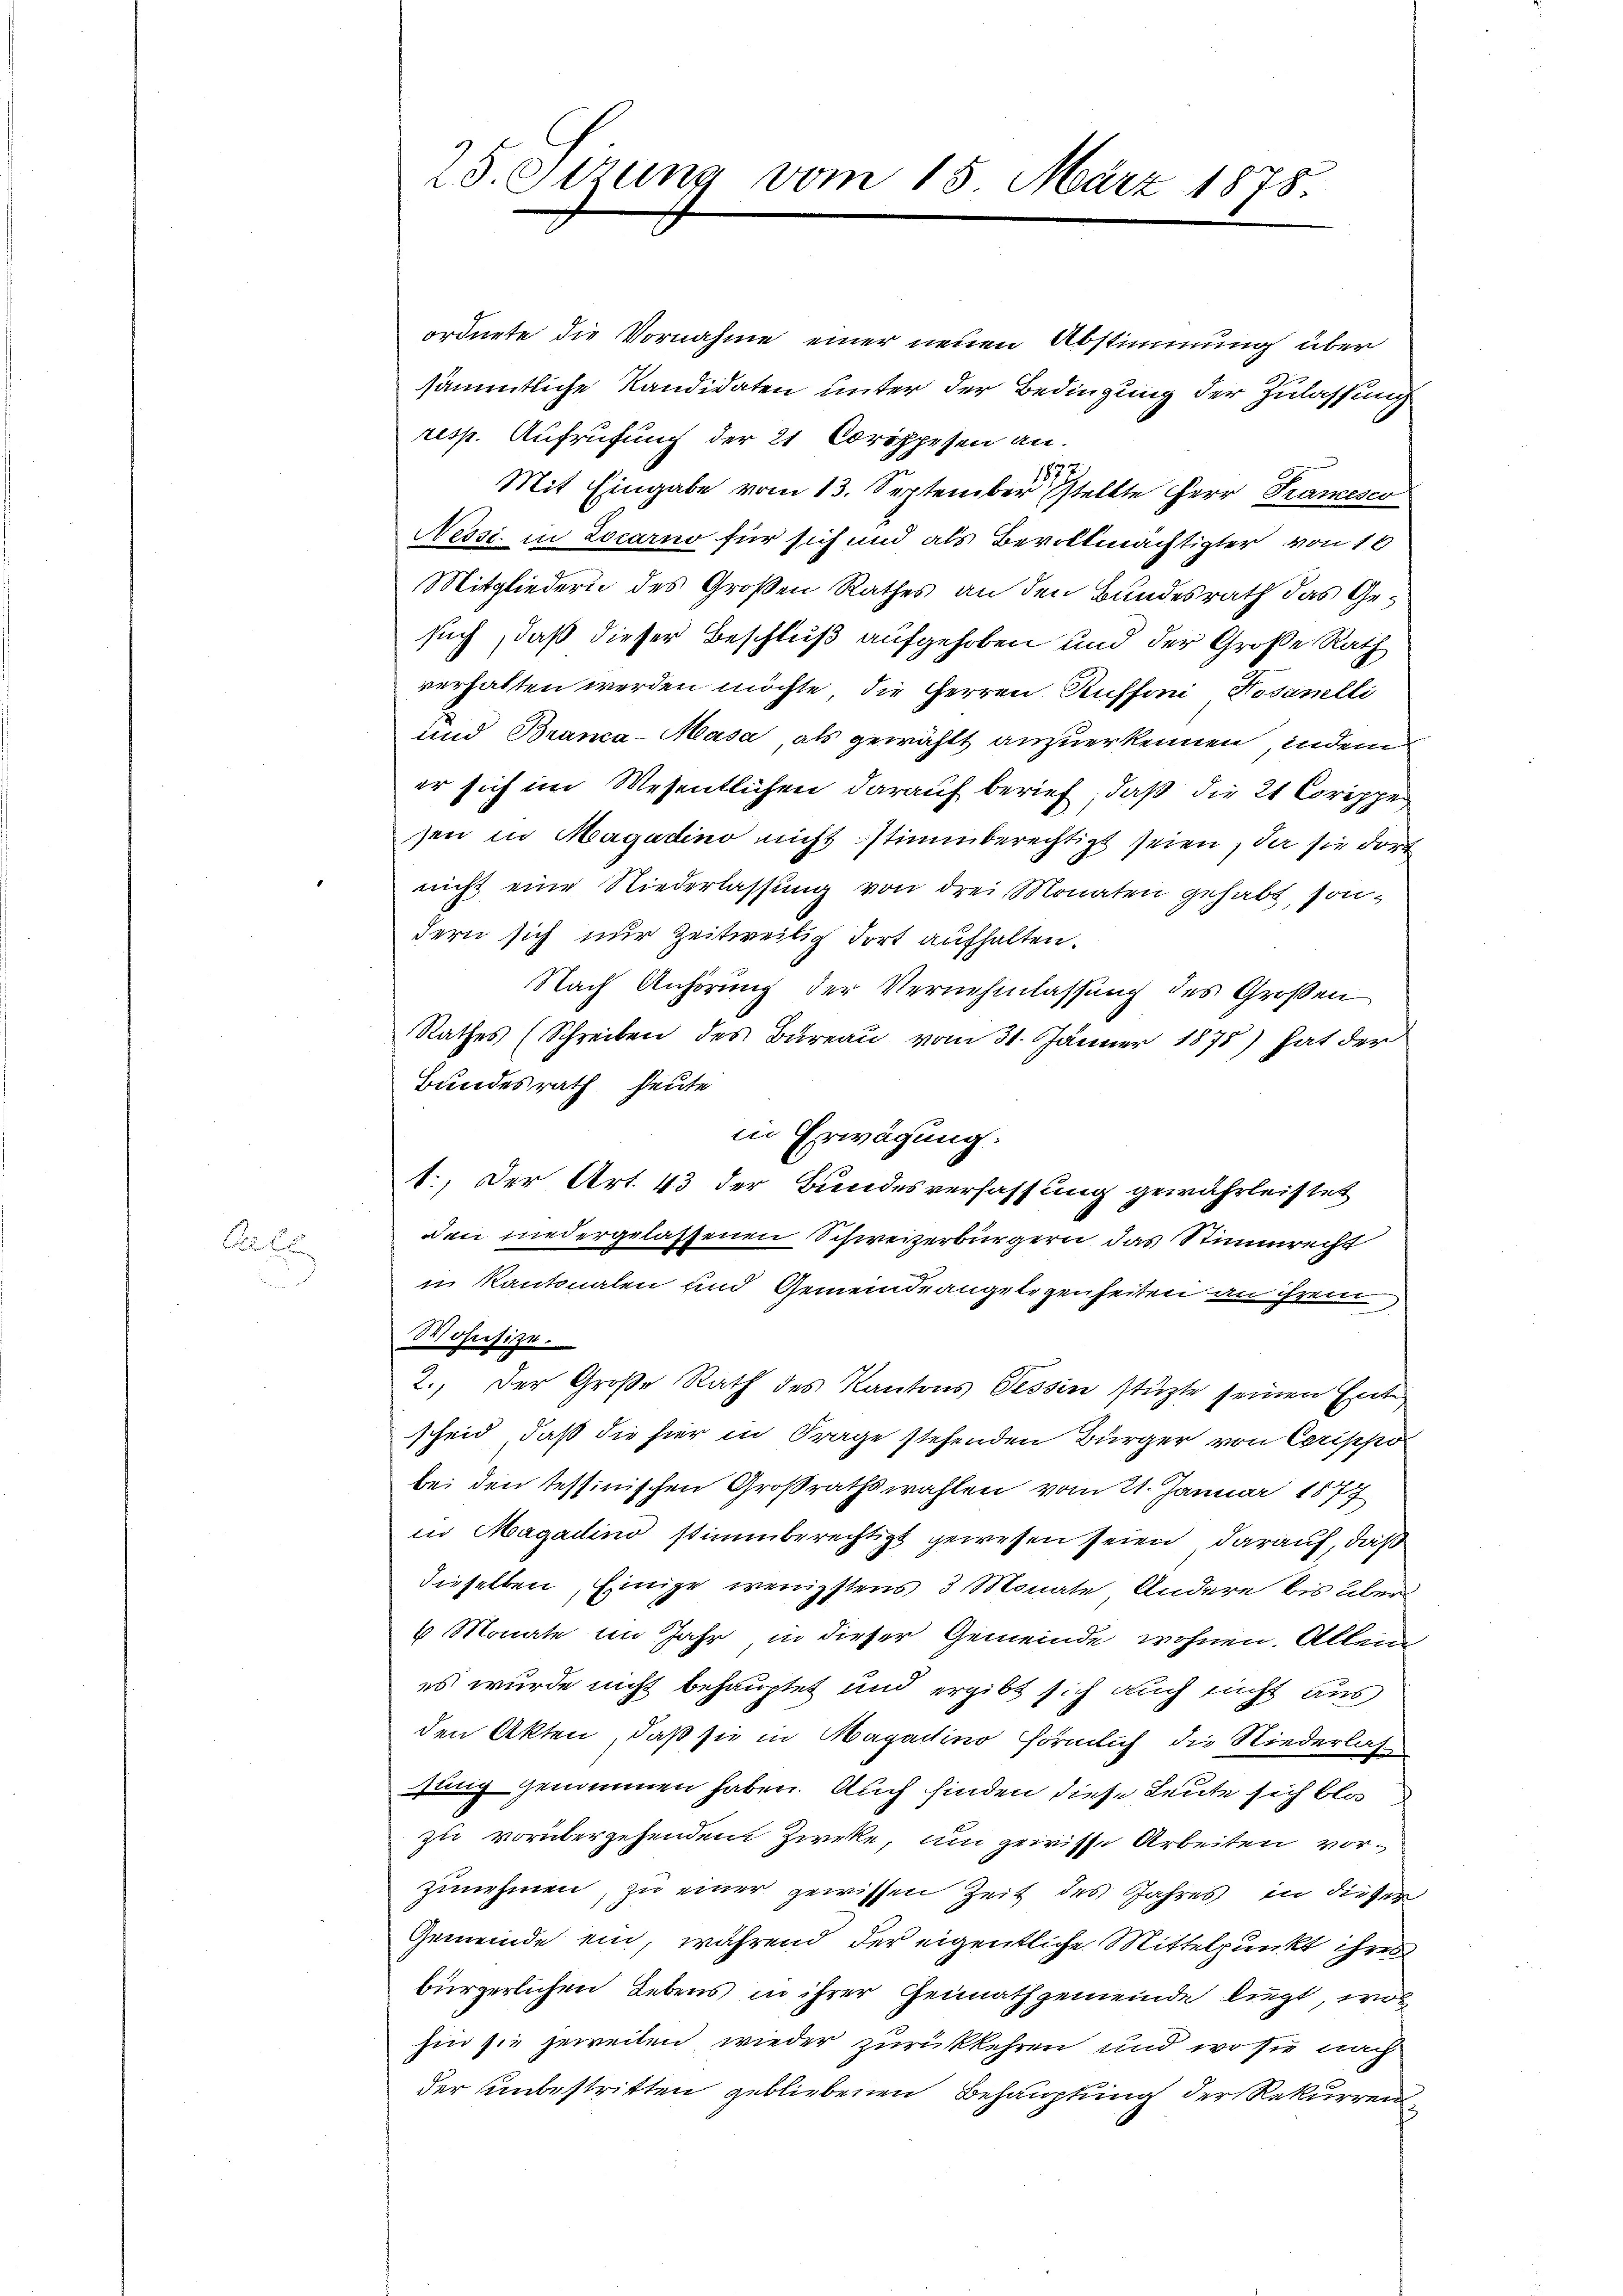
Der E

25. gerung vom 15. März 1878.

ordnete die Vornahme einer neuen Abstimmung über
sämmtliche Kandidaten unter der Bedingung der Zulassung
resp. Aufrufung der 21 Coröppesen an.
2
18.
Mit Eingabe vom 13. September stellte Herr Krancesco
Nessi in Locarno für sich und als Bevollmächtigter von 10
Mitgliedern des Großen Rathes an den Bundesrath das Gesuch, daß dieser Beschluß aufgehoben und der Große Rath
verhalten werden möchte, die Herren Auffoni Wasanelli
und Branca-Masa, als gewählt anzuerkennen, indem
er sich im Wesentlichen darauf berief, daß die 21 Corippen
sen in Magadino nicht stimmberechtigt seien, da sie dort
nicht eine Niederlassung von drei Monaten gehabt, sondern sich nur zeitweilig fort aufhalten.
Nach Anhörung der Vernehmlassung des Großen
Rathes (Schreiben des Bureau vom 31. Jänner 1875) hat der
Bundesrath heute
1., Der Art. 43 der Bundesverfassung gewährleistet
den niedergelassenen Schweizerbürgern das Stimmrecht
in Kantonalen und Gemeindrangelegenheiten an ihrem
Wossize.
2.) Der Große Rath des Kantons Tessin stüzte seinen Entscheid, daß die hier in Frage stehenden Bürger von Cerippo
bei den Tessinischen Großrathswahlen vom 21. Januar 1877
in Magadino stimmberechtigt gewesen seien, darauf, daß
dieselben, Einige wenigstens 3 Monate Andere bis über
4 Monate im Jahr in dieser Gemeinde wohnen. Allein
es wurde nicht behauptet und ergibt sich auch nicht aus,
den Akten, daß sie in Magartino förmlich die Niederlasse
sung genommen haben. Auch finden diese Leute sich blos de
zu vorübergehendem Zwecke, um gewisse Arbeiten vorzunehmen, zu einer gewissen Zeit des Jahres in dieser
Gemeinde ein, während der eigentliche Mittelpunkt ihres
bürgerlichen Lebens in ihrer Heimathgemeinde liegt, wol
hin sie jeweilen wieder zurückkehren und wo sie nach
der unbestritten gebliebenen Behauptung der Rekurren

in Erwägung: